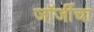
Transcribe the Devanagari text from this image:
जॉर्जीचा